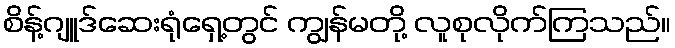
စိန့်ဂျူဒ်ဆေးရုံရှေ့တွင် ကျွန်မတို့ လူစုလိုက်ကြသည်။